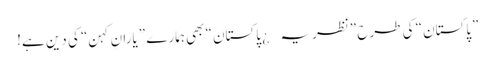
”پاکستان“ کی طرح ”نظریہ¿ پاکستان“ بھی ہمارے ”یارانِ کہن“ کی دین ہے!